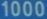
1000